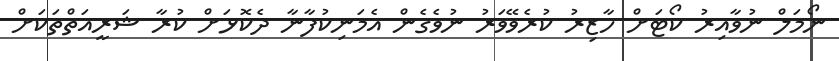
ނޯމަލް ނުވާއިރު ކޯޓަށް ހާޒިރު ކުރެވޭވަރު ނުވެގެން އެމަނިކުފާނާ ދެކޮޅަށް ކުރާ ޝަރީއަތްތަކަށް